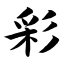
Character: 彩